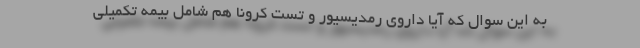
به این سوال که آیا داروی رمدیسیور و تست کرونا هم شامل بیمه تکمیلی